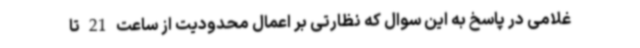
غلامی در پاسخ به این سوال که نظارتی بر اعمال محدودیت از ساعت 21 تا